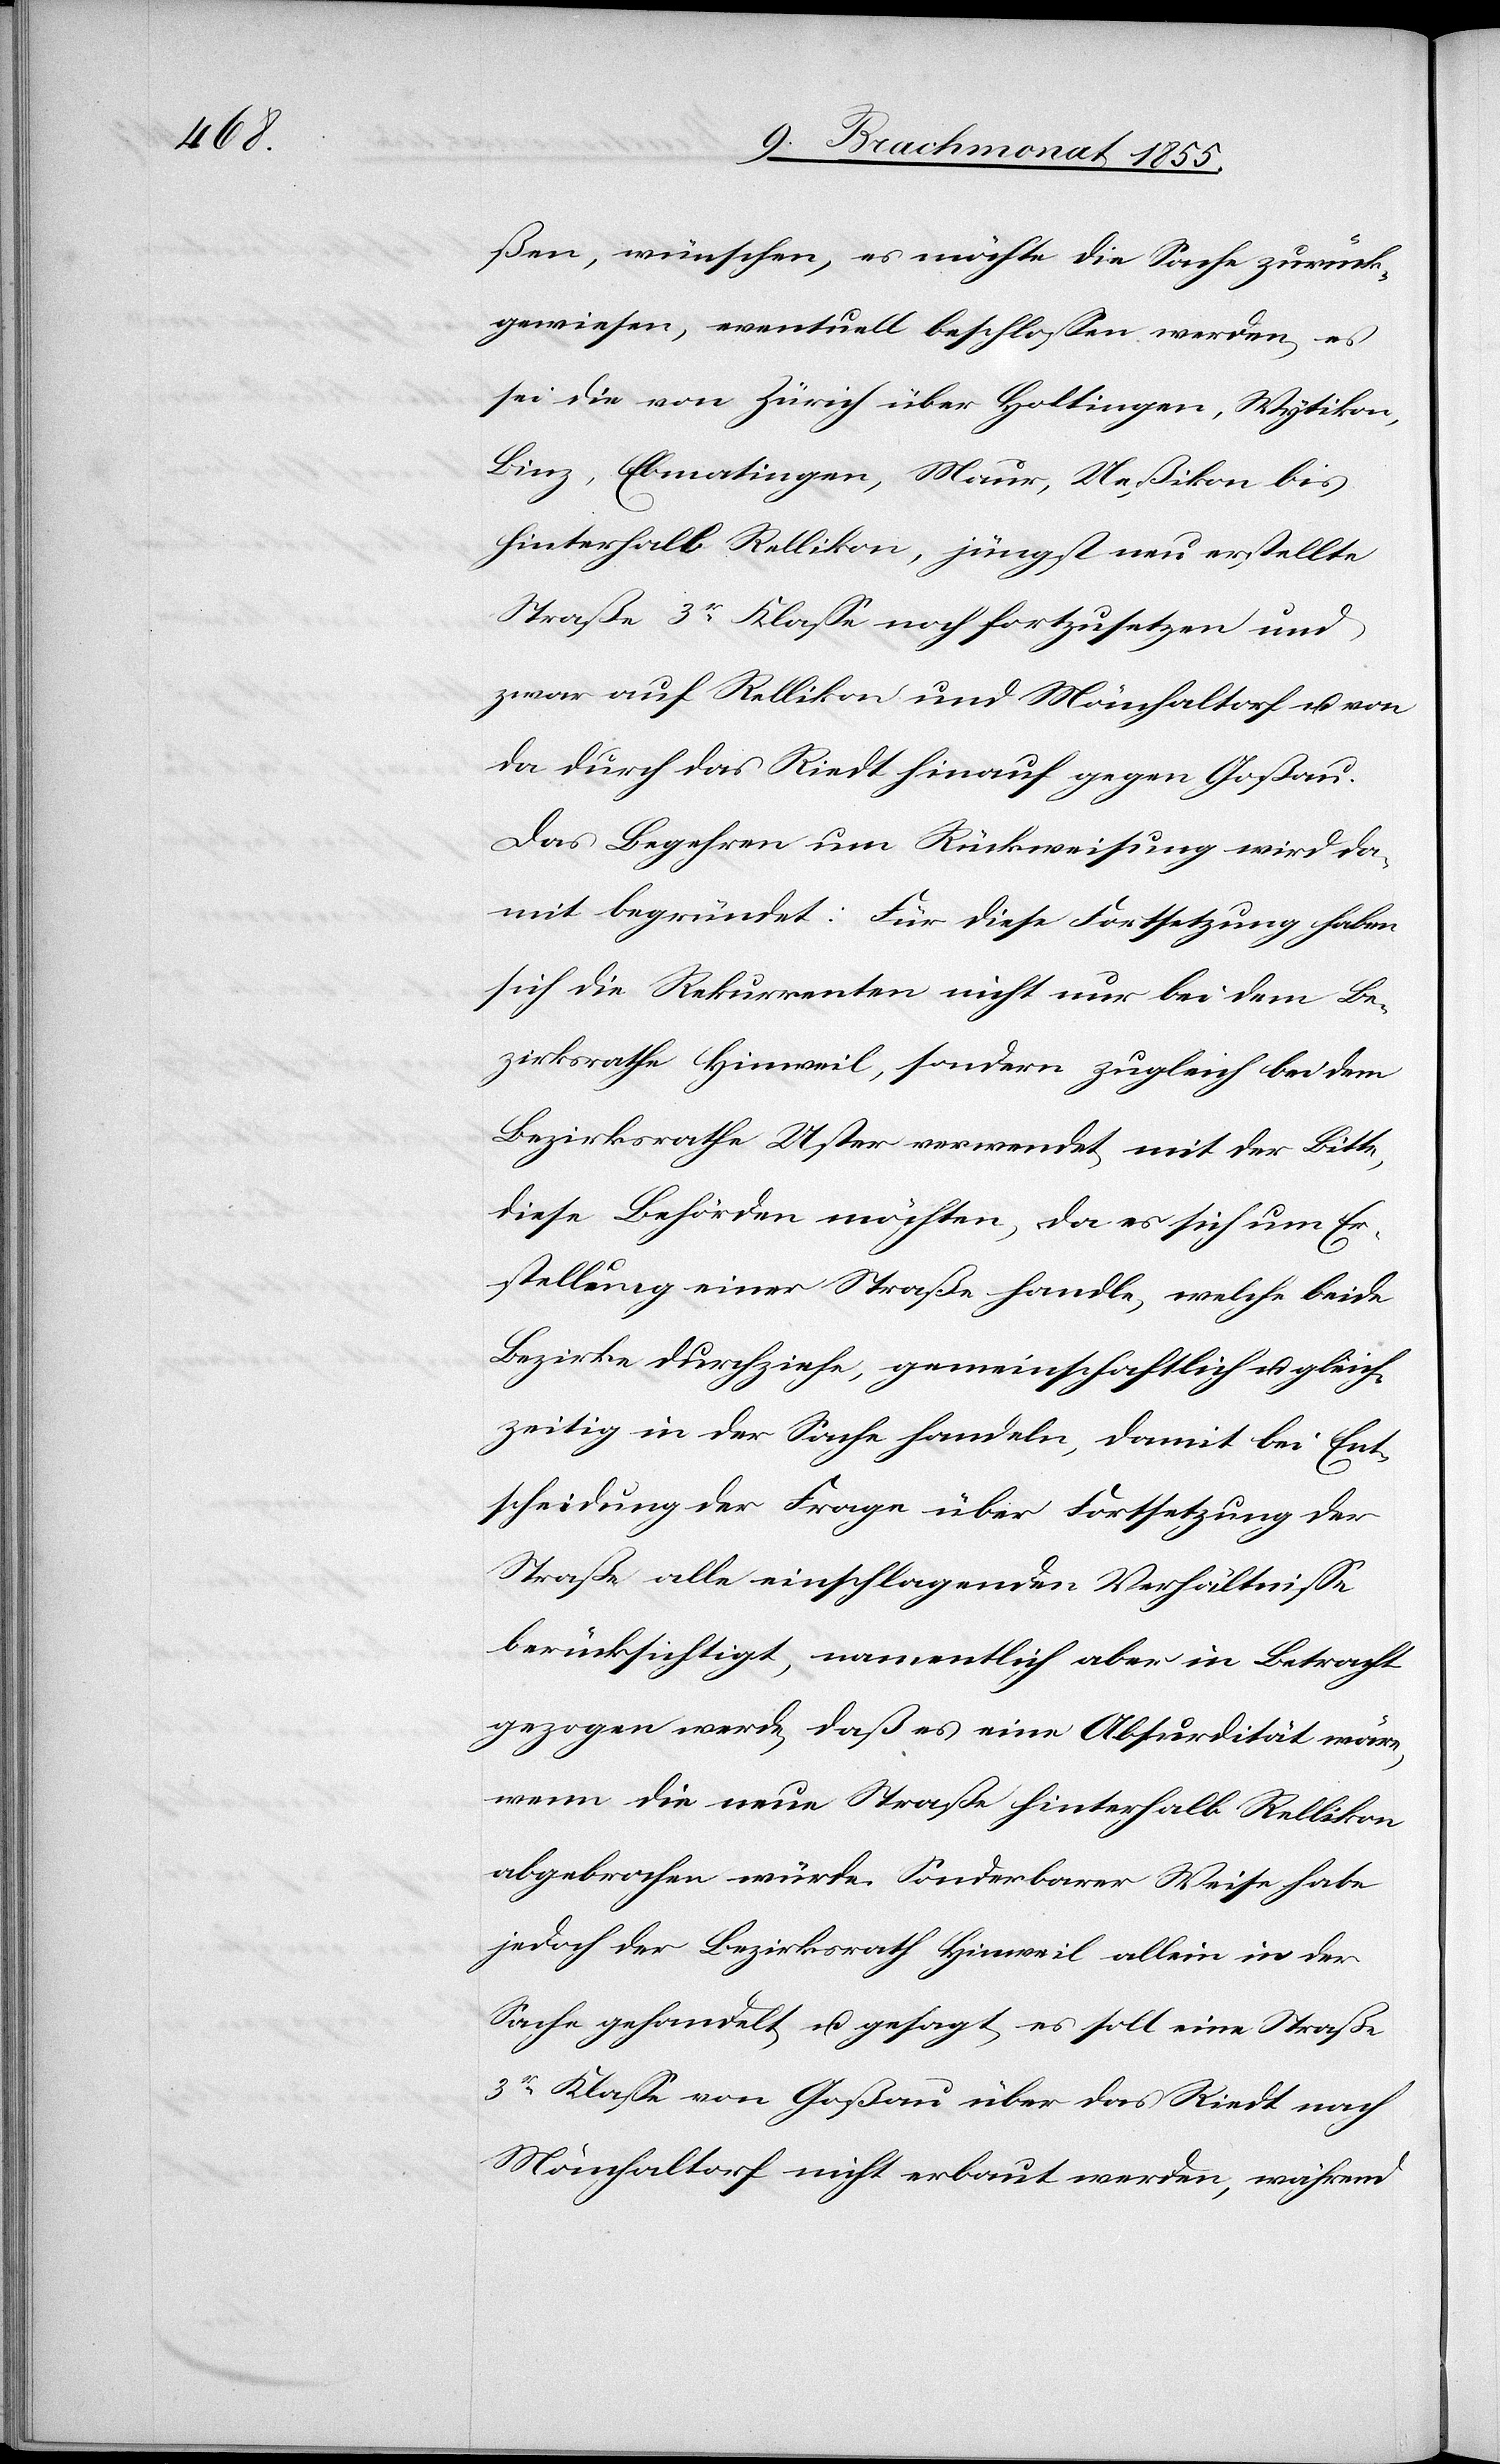
ßen, wünschen, es möchte die Sache zurück¬
gewiesen, eventuell beschlossen werden, es
sei die von Zürich über Hottingen, Wytikon,
Binz, Ebmatingen, Maur, Ueßikon bis
hinterhalb Rellikon, jüngst neu erstellte
Straße 3r Klasse noch fortzusetzen und
zwar auf Rellikon und Mönchaltorf u. von
da durch das Riedt hinauf gegen Goßau.
Das Begehren um Rückweisung wird da¬
mit begründet: Für diese Fortsetzung haben
sich die Rekurrenten nicht nur bei dem Be¬
zirksrathe Hinweil, sondern zugleich bei dem
Bezirksrathe Uster verwendet, mit der Bitte,
diese Behörden möchten, da es sich um Er¬
stellung einer Straße handle, welche beide
Bezirke durchziehe, gemeinschaftlich u. gleich¬
zeitig in der Sache handeln, damit bei Ent¬
scheidung der Frage über Fortsetzung der
Straße alle einschlagenden Verhältnisse
berücksichtigt, namentlich aber in Betracht
gezogen werde, daß es eine Absurdität wäre,
wenn die neue Straße hinterhalb Rellikon
abgebrochen würde. Sonderbarer Weise habe
jedoch der Bezirksrath Hinweil allein in der
Sache gehandelt, u. gesagt, es soll eine Straße
3r Klasse von Goßau über das Riedt nach
Mönchaltorf nicht erbaut werden, während